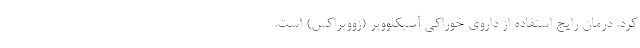
کرد. درمان رایج استفاده از داروی خوراکی آسیکلوویر (زوویراکس) است.